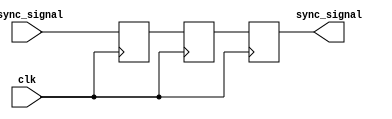
module async_to_sync_converter (
    input wire clk,            // System clock
    input wire async_signal,   // Asynchronous input signal
    output reg sync_signal     // Synchronized output signal
);

// Internal signals for the dual flip-flop synchronizer
reg async_signal_dff1; // First DFF output
reg async_signal_dff2; // Second DFF output

// Dual Flip-Flop Synchronizer
always @(posedge clk) begin
    async_signal_dff1 <= async_signal; // Sample the asynchronous signal
    async_signal_dff2 <= async_signal_dff1; // Synchronize to the clock domain
end

// Output Logic
always @(posedge clk) begin
    sync_signal <= async_signal_dff2; // Output the synchronized signal
end

endmodule